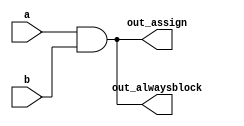
// The syntax for code inside a procedural block is different from code that is outside.
// Combinational: always @(*)
// Clocked: always @(posedge clk)
// in combinational block, '(*)' is a sensitivity list.
// 
// synthesis verilog_input_version verilog_2001
module top_module(
    input a, 
    input b,
    output wire out_assign,
    output reg out_alwaysblock
);
    
    assign out_assign = a & b;
    always @(*) out_alwaysblock = a & b;

endmodule